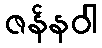
ဇန်နဝါ